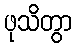
ဖုသိတွာ